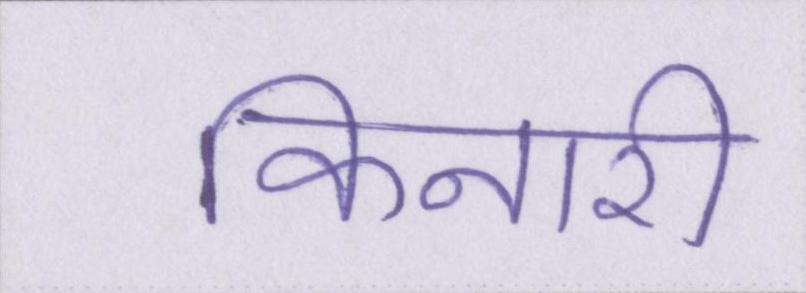
किनारी